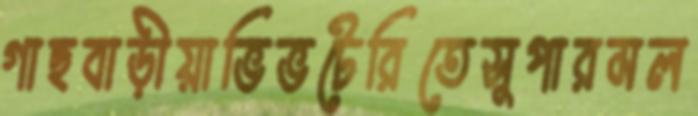
গাছবাড়ীয়াভিভটেরিতেসুপারমল